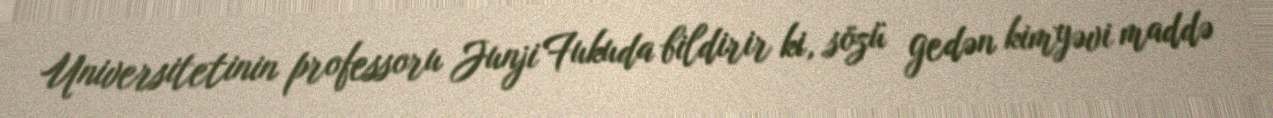
Universitetinin professoru Junji Fukuda bildirir ki, sözü gedən kimyəvi maddə